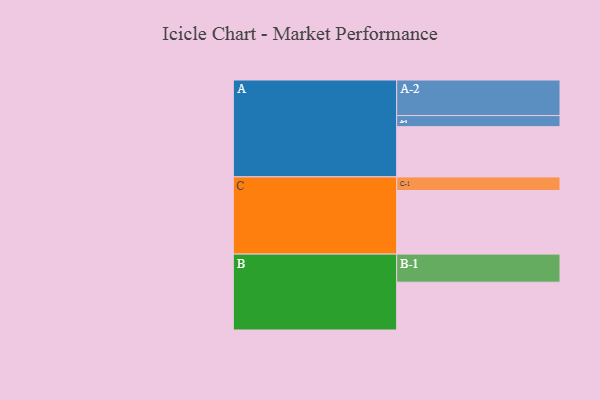
{"axis": {"x": "Segment", "y": "Value"}, "legend": ["", "A", "B", "C"], "data": [{"x": "A", "y": 373, "type": ""}, {"x": "B", "y": 355, "type": ""}, {"x": "C", "y": 472, "type": ""}, {"x": "A-1", "y": 82, "type": "A"}, {"x": "A-2", "y": 264, "type": "A"}, {"x": "B-1", "y": 208, "type": "B"}, {"x": "C-1", "y": 101, "type": "C"}]}